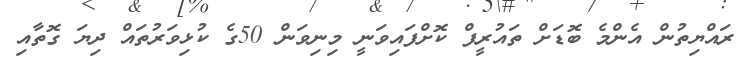
ރައްޔިތުން އެންމެ ބޮޑަށް ތައުރީފް ކޮށްފައިވަނީ މިނިވަން 50ގެ ކުޅިވަރުތައް ދިޔަ ގޮތާއި